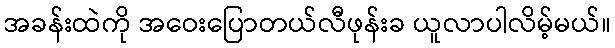
အခန်းထဲကို အဝေးပြောတယ်လီဖုန်းခ ယူလာပါလိမ့်မယ်။